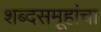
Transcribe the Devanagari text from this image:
शब्दसमूहांचा